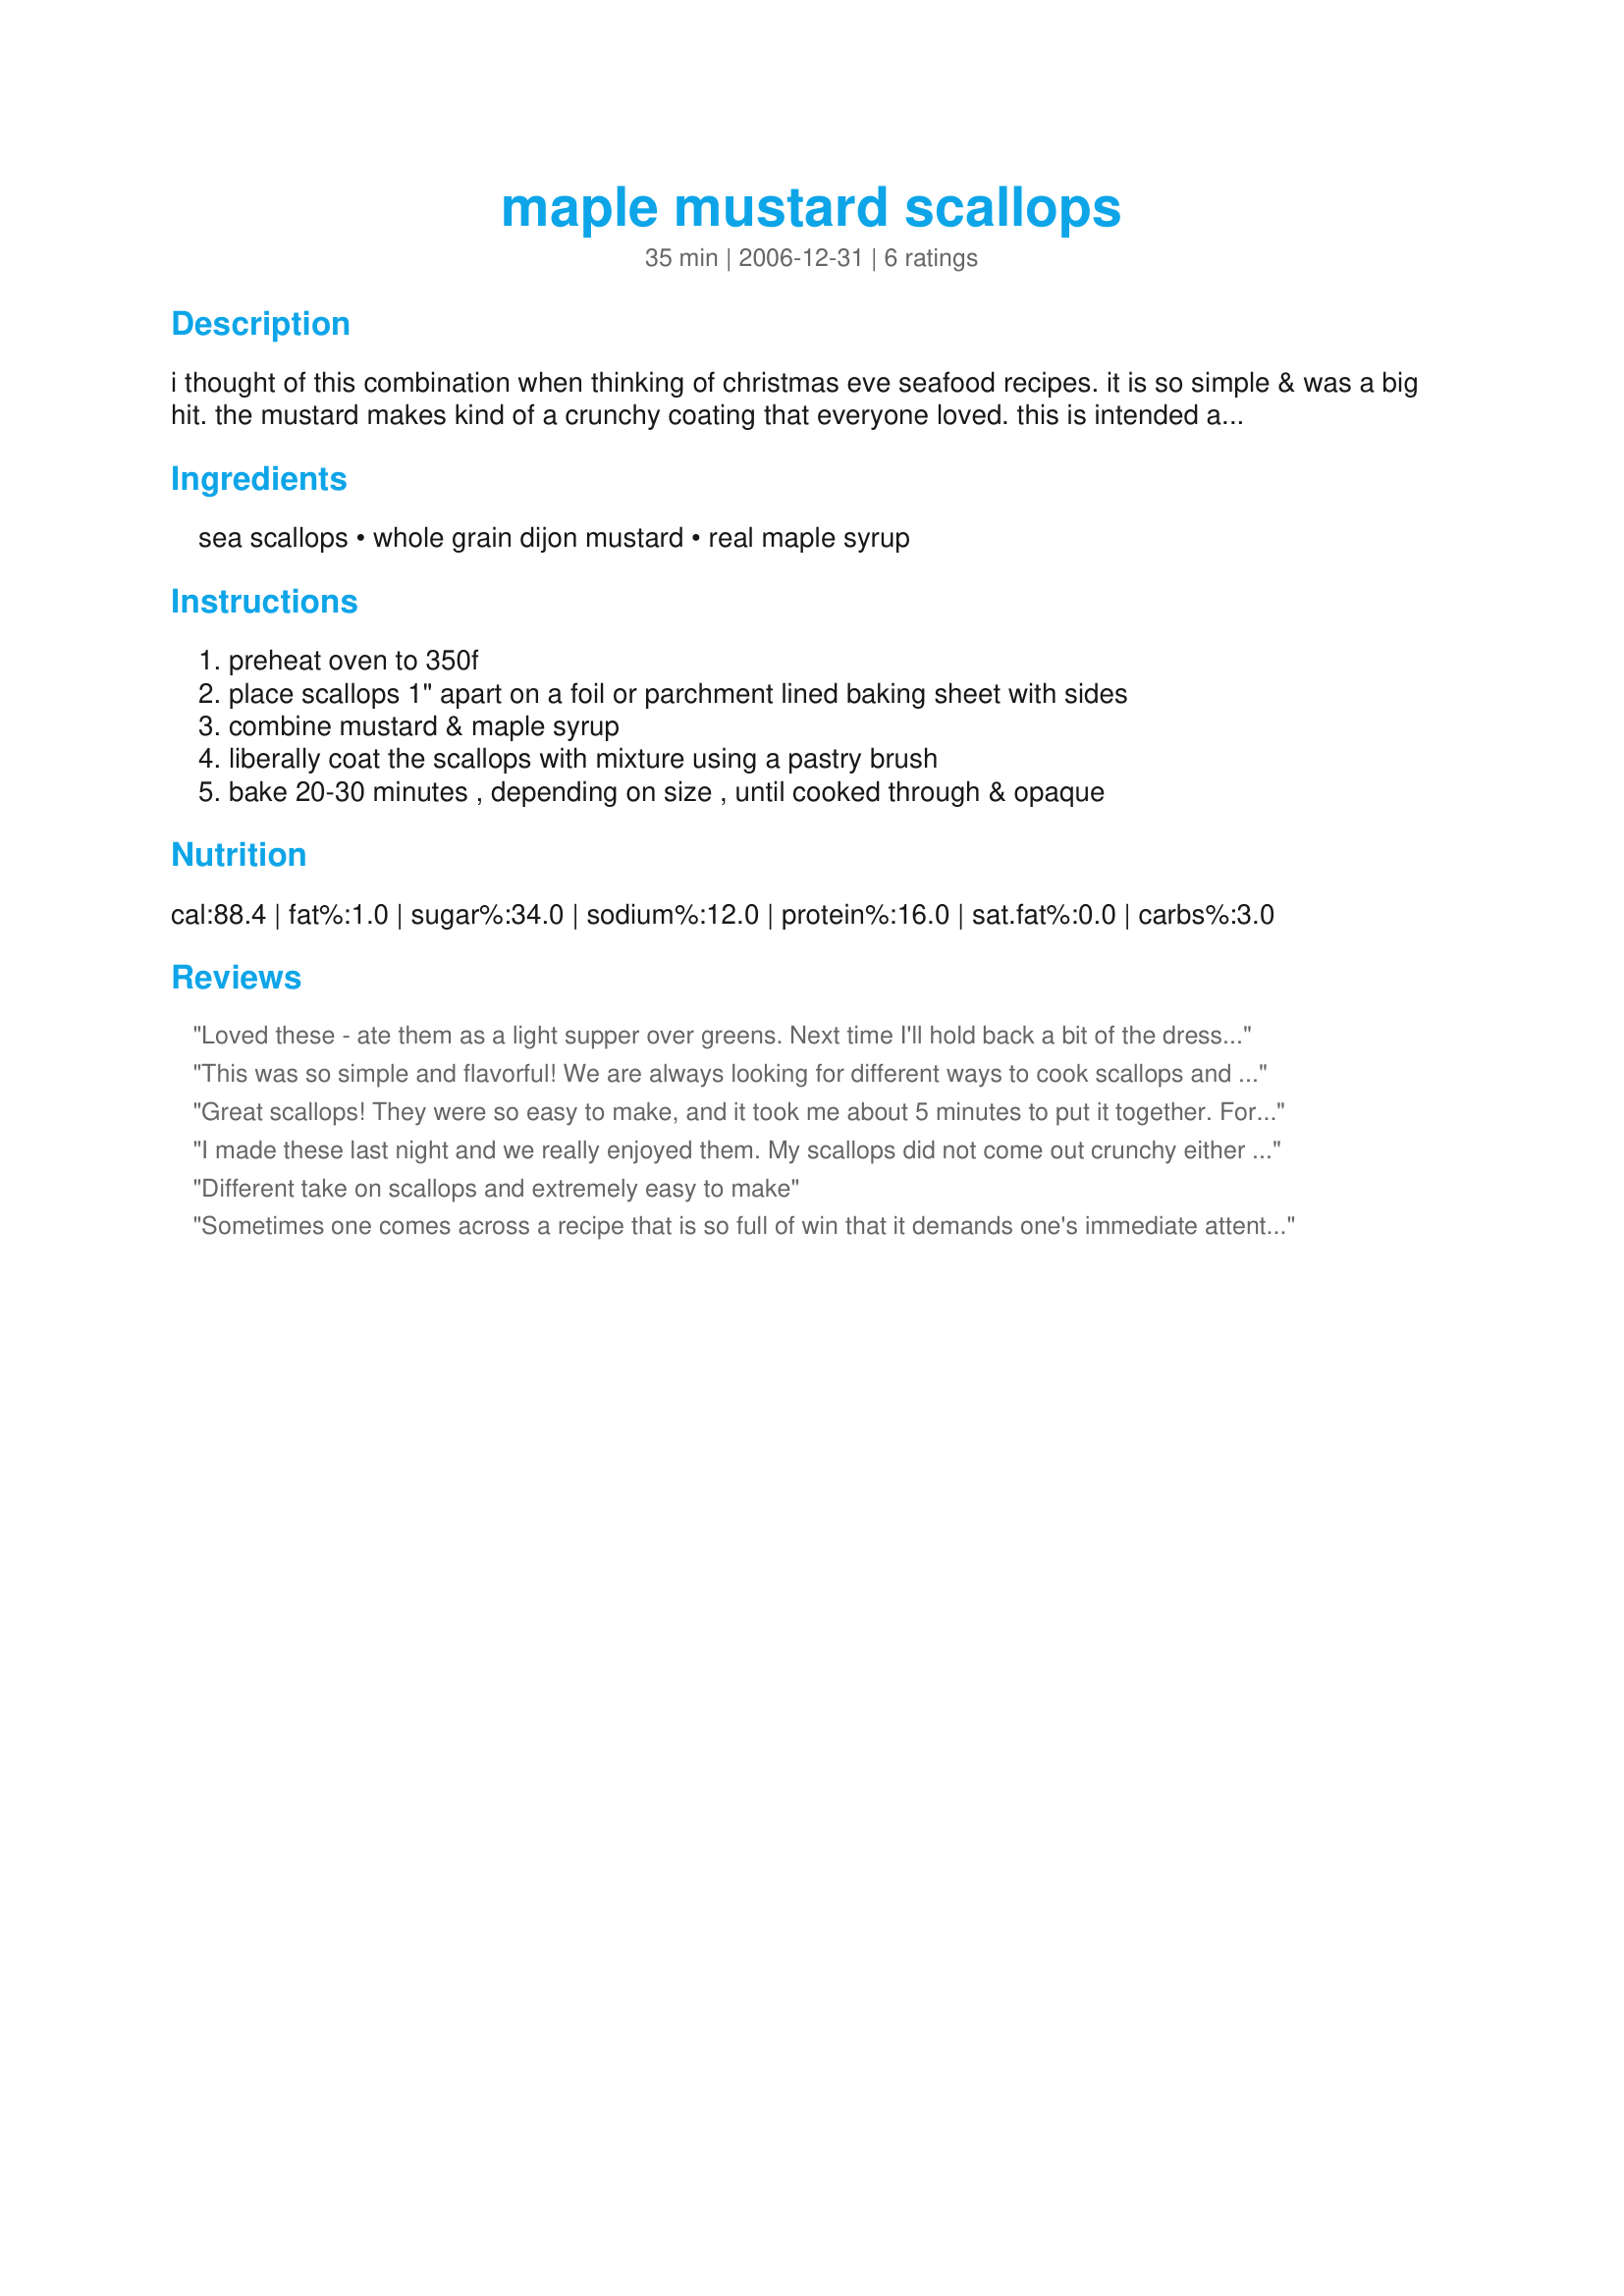
maple mustard scallops
Preparation time: 35 minutes

i thought of this combination when thinking of christmas eve seafood recipes. it is so simple & was a big hit. the mustard makes kind of a crunchy coating that everyone loved. this is intended as an appetizer but can be very easily scaled up or down.

Ingredients:
sea scallops, whole grain dijon mustard, real maple syrup

Steps:
preheat oven to 350f, place scallops 1" apart on a foil or parchment lined baking sheet with sides, combine mustard & maple syrup, liberally coat the scallops with mixture using a pastry brush, bake 20-30 minutes , depending on size , until cooked through & opaque

Reviews:
Loved these - ate them as a light supper over greens. Next time I'll hold back a bit of the dressing and whisk it in to the vinaigrette for the greens. My scallops did not turn crunchy - they were done in around 15 minutes, or perhaps it was the brand of mustard - but that did not affect the flavor.
This was so simple and flavorful! We are always looking for different ways to cook scallops and this was great. We served this with some rice and green beans. I had some of the extra sauce left and used a little on the rice and green beans. It was absolutely delicious.
Great scallops! They were so easy to make, and it took me about 5 minutes to put it together. For an lb. of scallops (8 large scallops), a half-recipe of the coating was sufficient. Thanks for sharing!
I made these last night and we really enjoyed them. My scallops did not come out crunchy either and I even broiled them the last few minutes of cooking. The flavor was nice, we had large meaty scallops from costco - YUM. Thanks!
Different take on scallops and extremely easy to make
Sometimes one comes across a recipe that is so full of win that it demands one's immediate attention. Such is the case with this delightful receipt. The tartness of the dijon mustard is muted by the cooking process, to the point where it becomes a savory counterbalance to the delicate sweetness of the syrup. Much like a diamond in a perfect setting, the scallops shine through in this wonderful, simple and healthy recipe. Highly Recommended.
